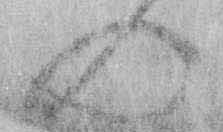
の